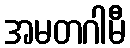
အမတဂါမီ